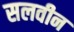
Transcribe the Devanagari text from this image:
सलवीन